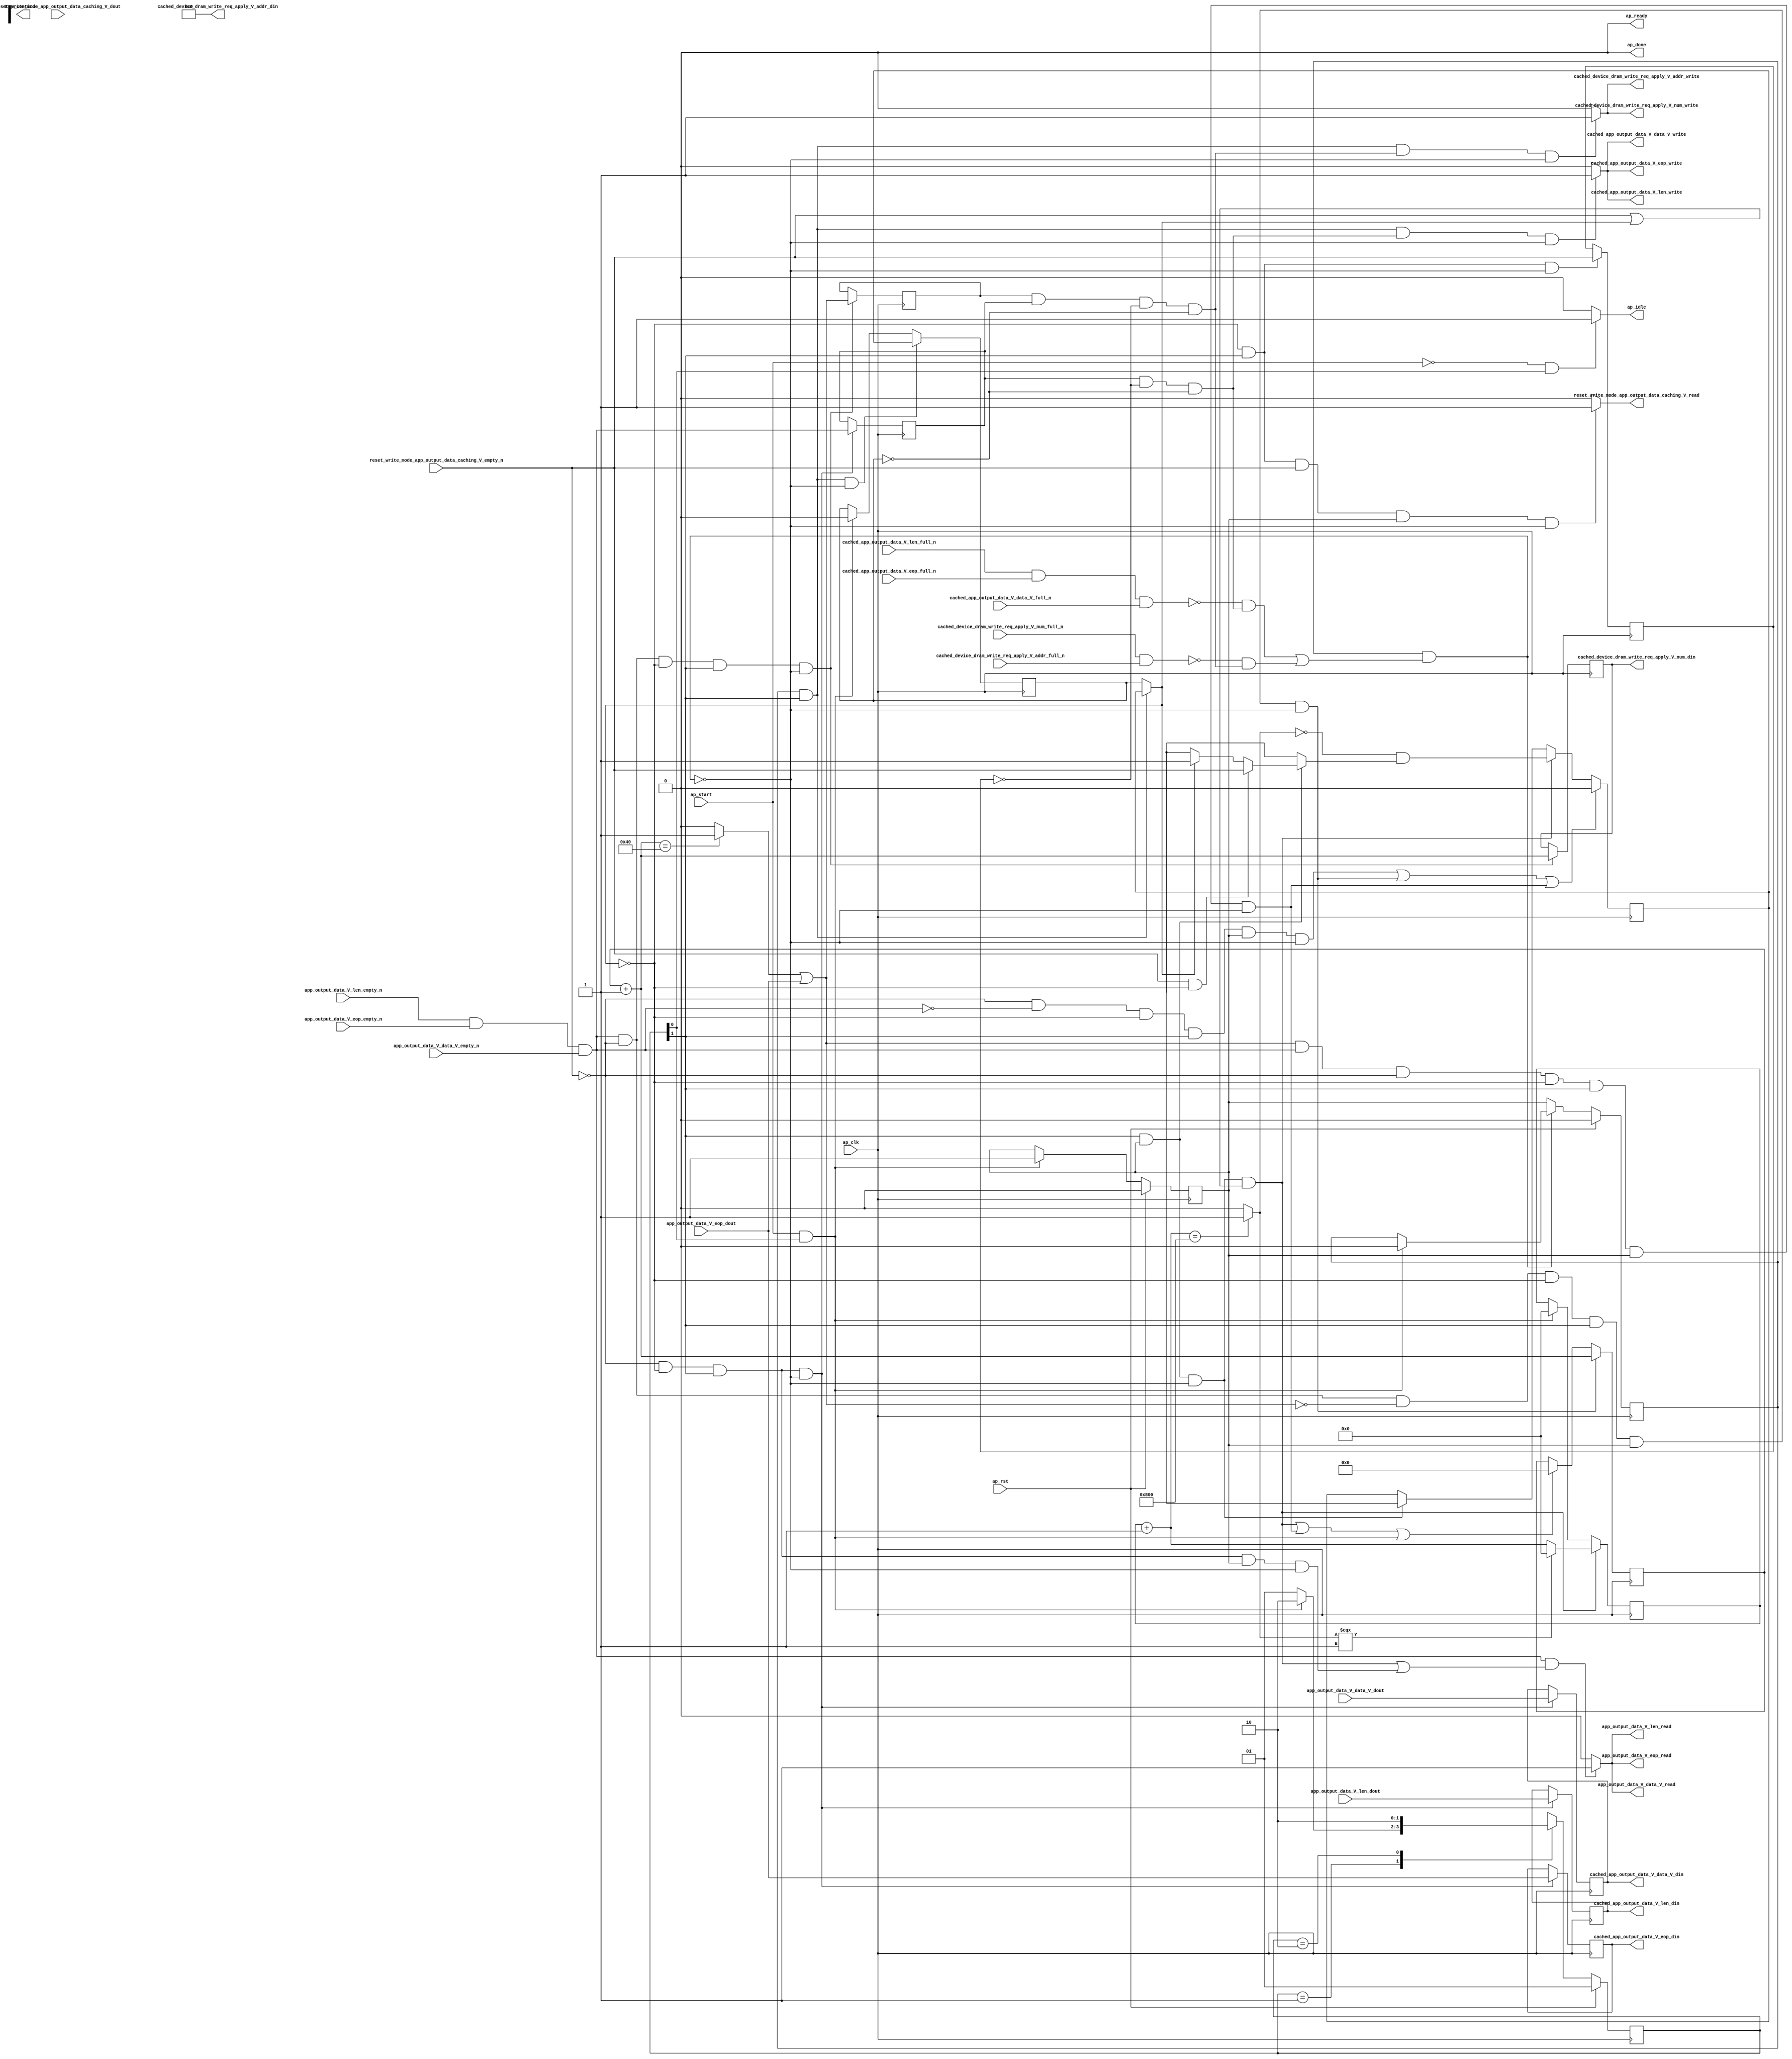
// ==============================================================
// RTL generated by Vivado(TM) HLS - High-Level Synthesis from C, C++ and SystemC
// Version: 2017.4.op
// Copyright (C) 1986-2018 Xilinx, Inc. All Rights Reserved.
// 
// ===========================================================

`timescale 1 ns / 1 ps 

(* CORE_GENERATION_INFO="write_mode_app_output_data_caching,hls_ip_2017_4_op,{HLS_INPUT_TYPE=cxx,HLS_INPUT_FLOAT=0,HLS_INPUT_FIXED=0,HLS_INPUT_PART=xcvu9p-flgb2104-2-i,HLS_INPUT_CLOCK=4.000000,HLS_INPUT_ARCH=others,HLS_SYN_CLOCK=2.997000,HLS_SYN_LAT=-1,HLS_SYN_TPT=none,HLS_SYN_MEM=0,HLS_SYN_DSP=0,HLS_SYN_FF=586,HLS_SYN_LUT=360}" *)

module write_mode_app_output_data_caching (
        ap_clk,
        ap_rst,
        ap_start,
        ap_done,
ap_continue,
        ap_idle,
        ap_ready,
        app_output_data_V_data_V_dout,
        app_output_data_V_data_V_empty_n,
        app_output_data_V_data_V_read,
        app_output_data_V_len_dout,
        app_output_data_V_len_empty_n,
        app_output_data_V_len_read,
        app_output_data_V_eop_dout,
        app_output_data_V_eop_empty_n,
        app_output_data_V_eop_read,
        cached_app_output_data_V_data_V_din,
        cached_app_output_data_V_data_V_full_n,
        cached_app_output_data_V_data_V_write,
        cached_app_output_data_V_len_din,
        cached_app_output_data_V_len_full_n,
        cached_app_output_data_V_len_write,
        cached_app_output_data_V_eop_din,
        cached_app_output_data_V_eop_full_n,
        cached_app_output_data_V_eop_write,
        cached_device_dram_write_req_apply_V_num_din,
        cached_device_dram_write_req_apply_V_num_full_n,
        cached_device_dram_write_req_apply_V_num_write,
        cached_device_dram_write_req_apply_V_addr_din,
        cached_device_dram_write_req_apply_V_addr_full_n,
        cached_device_dram_write_req_apply_V_addr_write,
        reset_write_mode_app_output_data_caching_V_dout,
        reset_write_mode_app_output_data_caching_V_empty_n,
        reset_write_mode_app_output_data_caching_V_read
);

parameter    ap_ST_fsm_state1 = 2'd1;
parameter    ap_ST_fsm_pp0_stage0 = 2'd2;

input   ap_clk;
input   ap_rst;
input   ap_start;
output   ap_done;
output   ap_idle;
output ap_ready; output ap_continue;
input  [511:0] app_output_data_V_data_V_dout;
input   app_output_data_V_data_V_empty_n;
output   app_output_data_V_data_V_read;
input  [15:0] app_output_data_V_len_dout;
input   app_output_data_V_len_empty_n;
output   app_output_data_V_len_read;
input   app_output_data_V_eop_dout;
input   app_output_data_V_eop_empty_n;
output   app_output_data_V_eop_read;
output  [511:0] cached_app_output_data_V_data_V_din;
input   cached_app_output_data_V_data_V_full_n;
output   cached_app_output_data_V_data_V_write;
output  [15:0] cached_app_output_data_V_len_din;
input   cached_app_output_data_V_len_full_n;
output   cached_app_output_data_V_len_write;
output   cached_app_output_data_V_eop_din;
input   cached_app_output_data_V_eop_full_n;
output   cached_app_output_data_V_eop_write;
output  [7:0] cached_device_dram_write_req_apply_V_num_din;
input   cached_device_dram_write_req_apply_V_num_full_n;
output   cached_device_dram_write_req_apply_V_num_write;
output  [63:0] cached_device_dram_write_req_apply_V_addr_din;
input   cached_device_dram_write_req_apply_V_addr_full_n;
output   cached_device_dram_write_req_apply_V_addr_write;
input   reset_write_mode_app_output_data_caching_V_dout;
input   reset_write_mode_app_output_data_caching_V_empty_n;
output   reset_write_mode_app_output_data_caching_V_read;

reg ap_idle;
reg reset_write_mode_app_output_data_caching_V_read;

(* fsm_encoding = "none" *) reg   [1:0] ap_CS_fsm;
wire    ap_CS_fsm_state1;
reg    cached_app_output_data_V_data_V_blk_n;
wire    ap_CS_fsm_pp0_stage0;
reg    ap_enable_reg_pp0_iter1;
wire    ap_block_pp0_stage0;
reg   [0:0] reset_reg_226;
reg   [0:0] empty_n_3_reg_378;
reg   [0:0] empty_n_2_reg_382;
reg    cached_app_output_data_V_len_blk_n;
reg    cached_app_output_data_V_eop_blk_n;
reg    cached_device_dram_write_req_apply_V_num_blk_n;
reg   [0:0] brmerge_reg_406;
reg    cached_device_dram_write_req_apply_V_addr_blk_n;
reg   [0:0] reset_3_reg_248;
wire   [0:0] empty_n_3_fu_276_p1;
wire    ap_block_state2_pp0_stage0_iter0;
wire    cached_app_output_data_V_len1_status;
reg    ap_predicate_op62_write_state3;
wire    cached_device_dram_write_req_apply_V_num1_status;
reg    ap_predicate_op63_write_state3;
reg    ap_block_state3_pp0_stage0_iter1;
reg    ap_block_pp0_stage0_11001;
reg   [0:0] ap_phi_mux_reset_phi_fu_230_p4;
wire   [0:0] empty_n_2_fu_281_p1;
reg   [511:0] tmp_data_V_reg_386;
reg   [15:0] tmp_len_reg_391;
reg   [0:0] tmp_eop_reg_396;
wire   [7:0] cached_app_output_data_flits_fu_300_p2;
reg   [7:0] cached_app_output_data_flits_reg_401;
wire   [0:0] brmerge_fu_312_p2;
reg    ap_enable_reg_pp0_iter0;
reg    ap_block_pp0_stage0_subdone;
reg   [0:0] ap_phi_mux_reset_1_phi_fu_241_p4;
wire   [0:0] ap_phi_reg_pp0_iter0_reset_1_reg_238;
wire   [0:0] p_reset_1_fu_344_p2;
wire   [0:0] ap_phi_reg_pp0_iter0_reset_3_reg_248;
reg    app_output_data_V_len0_update;
wire   [0:0] grp_nbread_fu_192_p4_0;
reg    cached_app_output_data_V_len1_update;
reg    ap_block_pp0_stage0_01001;
reg    cached_device_dram_write_req_apply_V_num1_update;
reg   [31:0] reset_cnt_fu_178;
wire   [31:0] p_s_fu_351_p3;
reg   [7:0] tmp_num_fu_182;
wire   [0:0] brmerge_fu_312_p0;
wire   [0:0] tmp_6_fu_306_p2;
wire   [31:0] reset_cnt_1_fu_326_p2;
wire   [0:0] tmp_3_fu_332_p2;
wire   [0:0] not_s_fu_338_p2;
reg   [1:0] ap_NS_fsm;
reg    ap_idle_pp0;
wire    ap_enable_pp0;
reg    ap_condition_148;

// power-on initialization
initial begin
#0 ap_CS_fsm = 2'd1;
#0 ap_enable_reg_pp0_iter1 = 1'b0;
#0 ap_enable_reg_pp0_iter0 = 1'b0;
end

always @ (posedge ap_clk) begin
    if (ap_rst == 1'b1) begin
        ap_CS_fsm <= ap_ST_fsm_state1;
    end else begin
        ap_CS_fsm <= ap_NS_fsm;
    end
end

always @ (posedge ap_clk) begin
    if (ap_rst == 1'b1) begin
        ap_enable_reg_pp0_iter0 <= 1'b0;
    end else begin
        if (((ap_start == 1'b1) & (1'b1 == ap_CS_fsm_state1))) begin
            ap_enable_reg_pp0_iter0 <= 1'b1;
        end
    end
end

always @ (posedge ap_clk) begin
    if (ap_rst == 1'b1) begin
        ap_enable_reg_pp0_iter1 <= 1'b0;
    end else begin
        if ((1'b0 == ap_block_pp0_stage0_subdone)) begin
            ap_enable_reg_pp0_iter1 <= ap_enable_reg_pp0_iter0;
        end else if (((ap_start == 1'b1) & (1'b1 == ap_CS_fsm_state1))) begin
            ap_enable_reg_pp0_iter1 <= 1'b0;
        end
    end
end

always @ (posedge ap_clk) begin
    if ((((empty_n_3_fu_276_p1 == 1'd0) & (empty_n_2_fu_281_p1 == 1'd0) & (ap_phi_mux_reset_phi_fu_230_p4 == 1'd0) & (1'b1 == ap_CS_fsm_pp0_stage0) & (ap_enable_reg_pp0_iter0 == 1'b1) & (1'b0 == ap_block_pp0_stage0_11001)) | ((empty_n_2_fu_281_p1 == 1'd1) & (empty_n_3_fu_276_p1 == 1'd0) & (brmerge_fu_312_p2 == 1'd0) & (ap_phi_mux_reset_phi_fu_230_p4 == 1'd0) & (1'b1 == ap_CS_fsm_pp0_stage0) & (ap_enable_reg_pp0_iter0 == 1'b1) & (1'b0 == ap_block_pp0_stage0_11001)) | ((brmerge_fu_312_p2 == 1'd1) & (empty_n_2_fu_281_p1 == 1'd1) & (empty_n_3_fu_276_p1 == 1'd0) & (ap_phi_mux_reset_phi_fu_230_p4 == 1'd0) & (1'b1 == ap_CS_fsm_pp0_stage0) & (ap_enable_reg_pp0_iter0 == 1'b1) & (1'b0 == ap_block_pp0_stage0_11001)))) begin
        reset_3_reg_248 <= 1'd0;
    end else if (((1'b1 == ap_CS_fsm_pp0_stage0) & (ap_enable_reg_pp0_iter0 == 1'b1) & (1'b0 == ap_block_pp0_stage0_11001) & ((empty_n_3_fu_276_p1 == 1'd1) | (ap_phi_mux_reset_phi_fu_230_p4 == 1'd1)))) begin
        reset_3_reg_248 <= p_reset_1_fu_344_p2;
    end else if (((1'b1 == ap_CS_fsm_pp0_stage0) & (ap_enable_reg_pp0_iter0 == 1'b1) & (1'b0 == ap_block_pp0_stage0_11001))) begin
        reset_3_reg_248 <= ap_phi_reg_pp0_iter0_reset_3_reg_248;
    end
end

always @ (posedge ap_clk) begin
    if (((1'b1 == ap_CS_fsm_pp0_stage0) & (ap_enable_reg_pp0_iter0 == 1'b1) & (1'b0 == ap_block_pp0_stage0_11001) & ((empty_n_3_fu_276_p1 == 1'd1) | (ap_phi_mux_reset_phi_fu_230_p4 == 1'd1)))) begin
        reset_cnt_fu_178 <= p_s_fu_351_p3;
    end else if (((ap_start == 1'b1) & (1'b1 == ap_CS_fsm_state1))) begin
        reset_cnt_fu_178 <= 32'd0;
    end
end

always @ (posedge ap_clk) begin
    if (((ap_enable_reg_pp0_iter1 == 1'b1) & (1'b1 == ap_CS_fsm_pp0_stage0) & (1'b0 == ap_block_pp0_stage0_11001))) begin
        reset_reg_226 <= reset_3_reg_248;
    end else if (((ap_start == 1'b1) & (1'b1 == ap_CS_fsm_state1))) begin
        reset_reg_226 <= 1'd0;
    end
end

always @ (posedge ap_clk) begin
    if (((empty_n_2_fu_281_p1 == 1'd1) & (empty_n_3_fu_276_p1 == 1'd0) & (brmerge_fu_312_p2 == 1'd0) & (ap_phi_mux_reset_phi_fu_230_p4 == 1'd0) & (1'b1 == ap_CS_fsm_pp0_stage0) & (ap_enable_reg_pp0_iter0 == 1'b1) & (1'b0 == ap_block_pp0_stage0_11001))) begin
        tmp_num_fu_182 <= cached_app_output_data_flits_fu_300_p2;
    end else if ((((1'b1 == ap_CS_fsm_pp0_stage0) & (ap_enable_reg_pp0_iter0 == 1'b1) & (1'b0 == ap_block_pp0_stage0_11001) & ((empty_n_3_fu_276_p1 == 1'd1) | (ap_phi_mux_reset_phi_fu_230_p4 == 1'd1))) | ((brmerge_fu_312_p2 == 1'd1) & (empty_n_2_fu_281_p1 == 1'd1) & (empty_n_3_fu_276_p1 == 1'd0) & (ap_phi_mux_reset_phi_fu_230_p4 == 1'd0) & (1'b1 == ap_CS_fsm_pp0_stage0) & (ap_enable_reg_pp0_iter0 == 1'b1) & (1'b0 == ap_block_pp0_stage0_11001)) | ((ap_start == 1'b1) & (1'b1 == ap_CS_fsm_state1)))) begin
        tmp_num_fu_182 <= 8'd0;
    end
end

always @ (posedge ap_clk) begin
    if (((empty_n_2_fu_281_p1 == 1'd1) & (empty_n_3_fu_276_p1 == 1'd0) & (ap_phi_mux_reset_phi_fu_230_p4 == 1'd0) & (1'b1 == ap_CS_fsm_pp0_stage0) & (1'b0 == ap_block_pp0_stage0_11001))) begin
        brmerge_reg_406 <= brmerge_fu_312_p2;
        cached_app_output_data_flits_reg_401 <= cached_app_output_data_flits_fu_300_p2;
    end
end

always @ (posedge ap_clk) begin
    if (((empty_n_3_fu_276_p1 == 1'd0) & (ap_phi_mux_reset_phi_fu_230_p4 == 1'd0) & (1'b1 == ap_CS_fsm_pp0_stage0) & (1'b0 == ap_block_pp0_stage0_11001))) begin
        empty_n_2_reg_382 <= grp_nbread_fu_192_p4_0;
        tmp_data_V_reg_386 <= app_output_data_V_data_V_dout;
        tmp_eop_reg_396 <= app_output_data_V_eop_dout;
        tmp_len_reg_391 <= app_output_data_V_len_dout;
    end
end

always @ (posedge ap_clk) begin
    if (((ap_phi_mux_reset_phi_fu_230_p4 == 1'd0) & (1'b1 == ap_CS_fsm_pp0_stage0) & (1'b0 == ap_block_pp0_stage0_11001))) begin
        empty_n_3_reg_378 <= reset_write_mode_app_output_data_caching_V_empty_n;
    end
end

always @ (*) begin
    if (((ap_start == 1'b0) & (1'b1 == ap_CS_fsm_state1))) begin
        ap_idle = 1'b1;
    end else begin
        ap_idle = 1'b0;
    end
end

always @ (*) begin
    if (((ap_enable_reg_pp0_iter1 == 1'b0) & (ap_enable_reg_pp0_iter0 == 1'b0))) begin
        ap_idle_pp0 = 1'b1;
    end else begin
        ap_idle_pp0 = 1'b0;
    end
end

always @ (*) begin
    if ((1'b1 == ap_condition_148)) begin
        if (((empty_n_3_fu_276_p1 == 1'd1) & (ap_phi_mux_reset_phi_fu_230_p4 == 1'd0))) begin
            ap_phi_mux_reset_1_phi_fu_241_p4 = reset_write_mode_app_output_data_caching_V_empty_n;
        end else if ((ap_phi_mux_reset_phi_fu_230_p4 == 1'd1)) begin
            ap_phi_mux_reset_1_phi_fu_241_p4 = ap_phi_mux_reset_phi_fu_230_p4;
        end else begin
            ap_phi_mux_reset_1_phi_fu_241_p4 = ap_phi_reg_pp0_iter0_reset_1_reg_238;
        end
    end else begin
        ap_phi_mux_reset_1_phi_fu_241_p4 = ap_phi_reg_pp0_iter0_reset_1_reg_238;
    end
end

always @ (*) begin
    if (((1'b0 == ap_block_pp0_stage0) & (ap_enable_reg_pp0_iter1 == 1'b1) & (1'b1 == ap_CS_fsm_pp0_stage0))) begin
        ap_phi_mux_reset_phi_fu_230_p4 = reset_3_reg_248;
    end else begin
        ap_phi_mux_reset_phi_fu_230_p4 = reset_reg_226;
    end
end

always @ (*) begin
    if ((((app_output_data_V_len_empty_n & app_output_data_V_eop_empty_n & app_output_data_V_data_V_empty_n) == 1'b1) & (((1'b1 == ap_CS_fsm_pp0_stage0) & (ap_enable_reg_pp0_iter0 == 1'b1) & (1'b0 == ap_block_pp0_stage0_11001) & ((empty_n_3_fu_276_p1 == 1'd1) | (ap_phi_mux_reset_phi_fu_230_p4 == 1'd1))) | ((empty_n_3_fu_276_p1 == 1'd0) & (ap_phi_mux_reset_phi_fu_230_p4 == 1'd0) & (1'b1 == ap_CS_fsm_pp0_stage0) & (ap_enable_reg_pp0_iter0 == 1'b1) & (1'b0 == ap_block_pp0_stage0_11001))))) begin
        app_output_data_V_len0_update = 1'b1;
    end else begin
        app_output_data_V_len0_update = 1'b0;
    end
end

always @ (*) begin
    if (((empty_n_2_reg_382 == 1'd1) & (empty_n_3_reg_378 == 1'd0) & (reset_reg_226 == 1'd0) & (1'b0 == ap_block_pp0_stage0) & (ap_enable_reg_pp0_iter1 == 1'b1) & (1'b1 == ap_CS_fsm_pp0_stage0))) begin
        cached_app_output_data_V_data_V_blk_n = cached_app_output_data_V_data_V_full_n;
    end else begin
        cached_app_output_data_V_data_V_blk_n = 1'b1;
    end
end

always @ (*) begin
    if (((empty_n_2_reg_382 == 1'd1) & (empty_n_3_reg_378 == 1'd0) & (reset_reg_226 == 1'd0) & (1'b0 == ap_block_pp0_stage0) & (ap_enable_reg_pp0_iter1 == 1'b1) & (1'b1 == ap_CS_fsm_pp0_stage0))) begin
        cached_app_output_data_V_eop_blk_n = cached_app_output_data_V_eop_full_n;
    end else begin
        cached_app_output_data_V_eop_blk_n = 1'b1;
    end
end

always @ (*) begin
    if (((ap_enable_reg_pp0_iter1 == 1'b1) & (1'b1 == ap_CS_fsm_pp0_stage0) & (ap_predicate_op62_write_state3 == 1'b1) & (1'b0 == ap_block_pp0_stage0_11001))) begin
        cached_app_output_data_V_len1_update = 1'b1;
    end else begin
        cached_app_output_data_V_len1_update = 1'b0;
    end
end

always @ (*) begin
    if (((empty_n_2_reg_382 == 1'd1) & (empty_n_3_reg_378 == 1'd0) & (reset_reg_226 == 1'd0) & (1'b0 == ap_block_pp0_stage0) & (ap_enable_reg_pp0_iter1 == 1'b1) & (1'b1 == ap_CS_fsm_pp0_stage0))) begin
        cached_app_output_data_V_len_blk_n = cached_app_output_data_V_len_full_n;
    end else begin
        cached_app_output_data_V_len_blk_n = 1'b1;
    end
end

always @ (*) begin
    if (((brmerge_reg_406 == 1'd1) & (empty_n_2_reg_382 == 1'd1) & (empty_n_3_reg_378 == 1'd0) & (reset_reg_226 == 1'd0) & (1'b0 == ap_block_pp0_stage0) & (ap_enable_reg_pp0_iter1 == 1'b1) & (1'b1 == ap_CS_fsm_pp0_stage0))) begin
        cached_device_dram_write_req_apply_V_addr_blk_n = cached_device_dram_write_req_apply_V_addr_full_n;
    end else begin
        cached_device_dram_write_req_apply_V_addr_blk_n = 1'b1;
    end
end

always @ (*) begin
    if (((ap_enable_reg_pp0_iter1 == 1'b1) & (1'b1 == ap_CS_fsm_pp0_stage0) & (ap_predicate_op63_write_state3 == 1'b1) & (1'b0 == ap_block_pp0_stage0_11001))) begin
        cached_device_dram_write_req_apply_V_num1_update = 1'b1;
    end else begin
        cached_device_dram_write_req_apply_V_num1_update = 1'b0;
    end
end

always @ (*) begin
    if (((brmerge_reg_406 == 1'd1) & (empty_n_2_reg_382 == 1'd1) & (empty_n_3_reg_378 == 1'd0) & (reset_reg_226 == 1'd0) & (1'b0 == ap_block_pp0_stage0) & (ap_enable_reg_pp0_iter1 == 1'b1) & (1'b1 == ap_CS_fsm_pp0_stage0))) begin
        cached_device_dram_write_req_apply_V_num_blk_n = cached_device_dram_write_req_apply_V_num_full_n;
    end else begin
        cached_device_dram_write_req_apply_V_num_blk_n = 1'b1;
    end
end

always @ (*) begin
    if (((ap_phi_mux_reset_phi_fu_230_p4 == 1'd0) & (1'b1 == ap_CS_fsm_pp0_stage0) & (reset_write_mode_app_output_data_caching_V_empty_n == 1'b1) & (ap_enable_reg_pp0_iter0 == 1'b1) & (1'b0 == ap_block_pp0_stage0_11001))) begin
        reset_write_mode_app_output_data_caching_V_read = 1'b1;
    end else begin
        reset_write_mode_app_output_data_caching_V_read = 1'b0;
    end
end

always @ (*) begin
    case (ap_CS_fsm)
        ap_ST_fsm_state1 : begin
            if (((ap_start == 1'b1) & (1'b1 == ap_CS_fsm_state1))) begin
                ap_NS_fsm = ap_ST_fsm_pp0_stage0;
            end else begin
                ap_NS_fsm = ap_ST_fsm_state1;
            end
        end
        ap_ST_fsm_pp0_stage0 : begin
            ap_NS_fsm = ap_ST_fsm_pp0_stage0;
        end
        default : begin
            ap_NS_fsm = 'bx;
        end
    endcase
end

assign ap_CS_fsm_pp0_stage0 = ap_CS_fsm[32'd1];

assign ap_CS_fsm_state1 = ap_CS_fsm[32'd0];

assign ap_block_pp0_stage0 = ~(1'b1 == 1'b1);

always @ (*) begin
    ap_block_pp0_stage0_01001 = ((ap_enable_reg_pp0_iter1 == 1'b1) & (((cached_app_output_data_V_len1_status == 1'b0) & (ap_predicate_op62_write_state3 == 1'b1)) | ((cached_device_dram_write_req_apply_V_num1_status == 1'b0) & (ap_predicate_op63_write_state3 == 1'b1))));
end

always @ (*) begin
    ap_block_pp0_stage0_11001 = ((ap_enable_reg_pp0_iter1 == 1'b1) & (((cached_app_output_data_V_len1_status == 1'b0) & (ap_predicate_op62_write_state3 == 1'b1)) | ((cached_device_dram_write_req_apply_V_num1_status == 1'b0) & (ap_predicate_op63_write_state3 == 1'b1))));
end

always @ (*) begin
    ap_block_pp0_stage0_subdone = ((ap_enable_reg_pp0_iter1 == 1'b1) & (((cached_app_output_data_V_len1_status == 1'b0) & (ap_predicate_op62_write_state3 == 1'b1)) | ((cached_device_dram_write_req_apply_V_num1_status == 1'b0) & (ap_predicate_op63_write_state3 == 1'b1))));
end

assign ap_block_state2_pp0_stage0_iter0 = ~(1'b1 == 1'b1);

always @ (*) begin
    ap_block_state3_pp0_stage0_iter1 = (((cached_app_output_data_V_len1_status == 1'b0) & (ap_predicate_op62_write_state3 == 1'b1)) | ((cached_device_dram_write_req_apply_V_num1_status == 1'b0) & (ap_predicate_op63_write_state3 == 1'b1)));
end

always @ (*) begin
    ap_condition_148 = ((1'b0 == ap_block_pp0_stage0) & (1'b1 == ap_CS_fsm_pp0_stage0) & (ap_enable_reg_pp0_iter0 == 1'b1));
end

assign ap_done = 1'b0;

assign ap_enable_pp0 = (ap_idle_pp0 ^ 1'b1);

assign ap_phi_reg_pp0_iter0_reset_1_reg_238 = 'bx;

assign ap_phi_reg_pp0_iter0_reset_3_reg_248 = 'bx;

always @ (*) begin
    ap_predicate_op62_write_state3 = ((empty_n_2_reg_382 == 1'd1) & (empty_n_3_reg_378 == 1'd0) & (reset_reg_226 == 1'd0));
end

always @ (*) begin
    ap_predicate_op63_write_state3 = ((brmerge_reg_406 == 1'd1) & (empty_n_2_reg_382 == 1'd1) & (empty_n_3_reg_378 == 1'd0) & (reset_reg_226 == 1'd0));
end

assign ap_ready = 1'b0;

assign app_output_data_V_data_V_read = app_output_data_V_len0_update;

assign app_output_data_V_eop_read = app_output_data_V_len0_update;

assign app_output_data_V_len_read = app_output_data_V_len0_update;

assign brmerge_fu_312_p0 = app_output_data_V_eop_dout;

assign brmerge_fu_312_p2 = (tmp_6_fu_306_p2 | brmerge_fu_312_p0);

assign cached_app_output_data_V_data_V_din = tmp_data_V_reg_386;

assign cached_app_output_data_V_data_V_write = cached_app_output_data_V_len1_update;

assign cached_app_output_data_V_eop_din = tmp_eop_reg_396;

assign cached_app_output_data_V_eop_write = cached_app_output_data_V_len1_update;

assign cached_app_output_data_V_len1_status = (cached_app_output_data_V_len_full_n & cached_app_output_data_V_eop_full_n & cached_app_output_data_V_data_V_full_n);

assign cached_app_output_data_V_len_din = tmp_len_reg_391;

assign cached_app_output_data_V_len_write = cached_app_output_data_V_len1_update;

assign cached_app_output_data_flits_fu_300_p2 = (tmp_num_fu_182 + 8'd1);

assign cached_device_dram_write_req_apply_V_addr_din = 64'd0;

assign cached_device_dram_write_req_apply_V_addr_write = cached_device_dram_write_req_apply_V_num1_update;

assign cached_device_dram_write_req_apply_V_num1_status = (cached_device_dram_write_req_apply_V_num_full_n & cached_device_dram_write_req_apply_V_addr_full_n);

assign cached_device_dram_write_req_apply_V_num_din = cached_app_output_data_flits_reg_401;

assign cached_device_dram_write_req_apply_V_num_write = cached_device_dram_write_req_apply_V_num1_update;

assign empty_n_2_fu_281_p1 = grp_nbread_fu_192_p4_0;

assign empty_n_3_fu_276_p1 = reset_write_mode_app_output_data_caching_V_empty_n;

assign grp_nbread_fu_192_p4_0 = (app_output_data_V_len_empty_n & app_output_data_V_eop_empty_n & app_output_data_V_data_V_empty_n);

assign not_s_fu_338_p2 = (tmp_3_fu_332_p2 ^ 1'd1);

assign p_reset_1_fu_344_p2 = (not_s_fu_338_p2 & ap_phi_mux_reset_1_phi_fu_241_p4);

assign p_s_fu_351_p3 = ((tmp_3_fu_332_p2[0:0] === 1'b1) ? 32'd0 : reset_cnt_1_fu_326_p2);

assign reset_cnt_1_fu_326_p2 = (reset_cnt_fu_178 + 32'd1);

assign tmp_3_fu_332_p2 = ((reset_cnt_1_fu_326_p2 == 32'd2048) ? 1'b1 : 1'b0);

assign tmp_6_fu_306_p2 = ((cached_app_output_data_flits_fu_300_p2 == 8'd64) ? 1'b1 : 1'b0);

endmodule //write_mode_app_output_data_caching